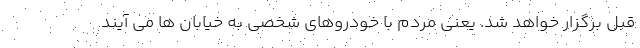
قبل برگزار خواهد شد. یعنی مردم با خودروهای شخصی به خیابان ها می آیند